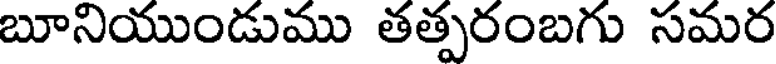
బూనియుండుము తత్పరంబగు సమర